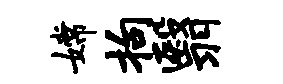
嫦拘翳